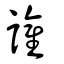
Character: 讙